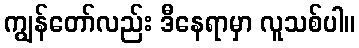
ကျွန်တော်လည်း ဒီနေရာမှာ လူသစ်ပါ။